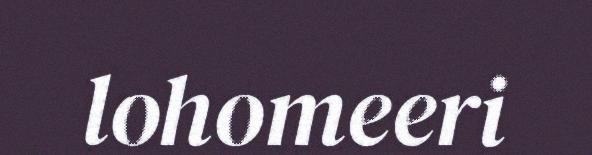
lohomeeri